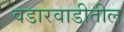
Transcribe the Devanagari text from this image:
वडारवाडीतील